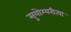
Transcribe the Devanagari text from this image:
सुयोग्यरीत्या